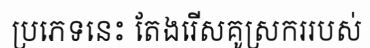
ប្រភេទនេះ តែងរើសគូស្រកររបស់